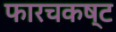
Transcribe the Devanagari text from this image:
फारचकष्ट